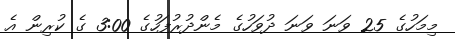
މިމަހުގެ 25 ވަނަ ވަނަ ދުވަހުގެ މެންދުރުފަހުގެ 3:00 ގެ ކުރިން އެ